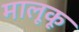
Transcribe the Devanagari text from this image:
मालूकू